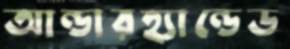
আন্ডারহ্যান্ডেড